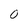
Character: 0